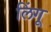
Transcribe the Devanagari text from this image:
लिंगू